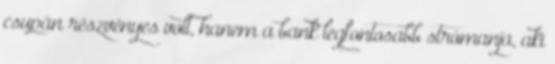
csupán részvényes volt, hanem a bank legfontosabb strómanja, aki